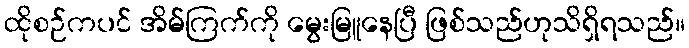
ထိုစဉ်ကပင် အိမ်ကြက်ကို မွေးမြူနေပြီ ဖြစ်သည်ဟုသိရှိရသည်။